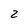
Character: 2